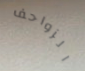
الزواحف